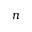
n